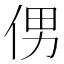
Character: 侽